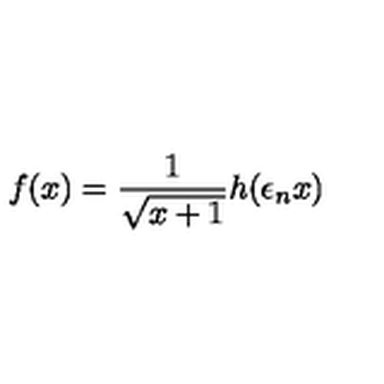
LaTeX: f ( x ) = \frac { 1 } { \sqrt { x + 1 } } h ( \epsilon _ { n } x )